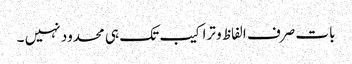
بات صرف الفاظ و تراکیب تک ہی محدود نہیں ۔